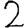
Digit: 2